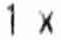
1 X